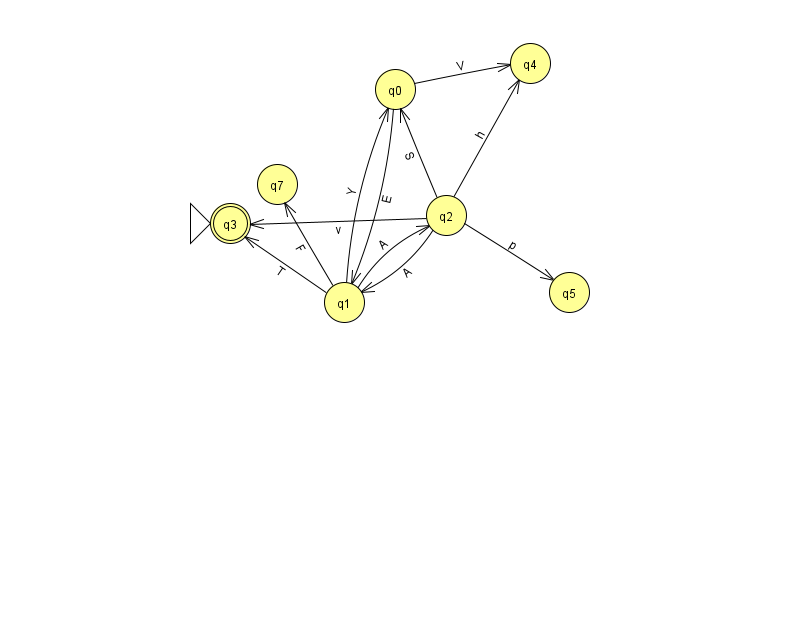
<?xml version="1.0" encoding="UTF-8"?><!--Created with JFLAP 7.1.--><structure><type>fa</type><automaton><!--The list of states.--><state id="0" name="q0"><x>395.0</x><y>76.0</y></state><state id="1" name="q1"><x>344.0</x><y>289.0</y></state><state id="2" name="q2"><x>446.0</x><y>202.0</y></state><state id="3" name="q3"><x>230.0</x><y>210.0</y><initial/><final/></state><state id="4" name="q4"><x>530.0</x><y>50.0</y></state><state id="5" name="q5"><x>569.0</x><y>279.0</y></state><state id="7" name="q7"><x>277.0</x><y>171.0</y></state><!--The list of transitions.--><transition><from>0</from><to>1</to><read>E</read></transition><transition><from>2</from><to>3</to><read>v</read></transition><transition><from>2</from><to>4</to><read>h</read></transition><transition><from>2</from><to>5</to><read>p</read></transition><transition><from>0</from><to>4</to><read>V</read></transition><transition><from>2</from><to>0</to><read>S</read></transition><transition><from>1</from><to>0</to><read>Y</read></transition><transition><from>1</from><to>7</to><read>F</read></transition><transition><from>1</from><to>2</to><read>A</read></transition><transition><from>2</from><to>1</to><read>A</read></transition><transition><from>1</from><to>3</to><read>T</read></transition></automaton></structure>